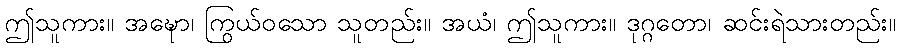
ဤသူကား။ အဍ္ဎော၊ ကြွယ်ဝသော သူတည်း။ အယံ၊ ဤသူကား။ ဒုဂ္ဂတော၊ ဆင်းရဲသားတည်း။